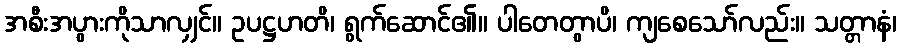
အစီးအပွားကိုသာလျှင်။ ဥပဋ္ဌဟတိ၊ ရွက်ဆောင်၏။ ပါတေတွာပိ၊ ကျစေသော်လည်း။ သတ္တာနံ၊